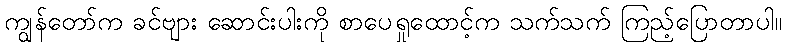
ကျွန်တော်က ခင်ဗျား ဆောင်းပါးကို စာပေရှုထောင့်က သက်သက် ကြည့်ပြောတာပါ။